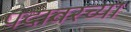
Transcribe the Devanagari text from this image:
पदावरच्या